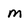
Character: M